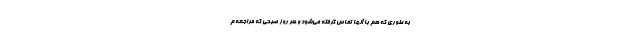
به طوری که هم با آنها تماس گرفته می‌شود و هر روز صبحی که مراجعه م